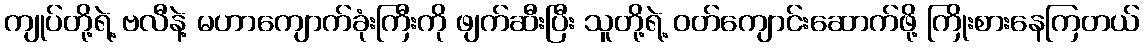
ကျုပ်တို့ရဲ့ ဗလီနဲ့ မဟာကျောက်ခုံးကြီးကို ဖျက်ဆီးပြီး သူတို့ရဲ့ ဝတ်ကျောင်းဆောက်ဖို့ ကြိုးစားနေကြတယ်